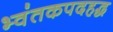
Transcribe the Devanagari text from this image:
भ्वंतकपदहद्ध